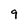
Character: 9